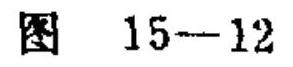
图 15--12